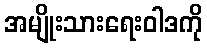
အမျိုးသားရေးဝါဒကို